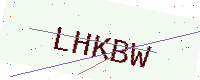
Text: LHKBW